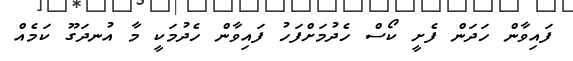
ފައިވާން ހަދަން ފެށީ ކޯސް ހެދުމަށްފަހު ފައިވާން ހެދުމަކީ މާ އުނދަގޫ ކަމެއް